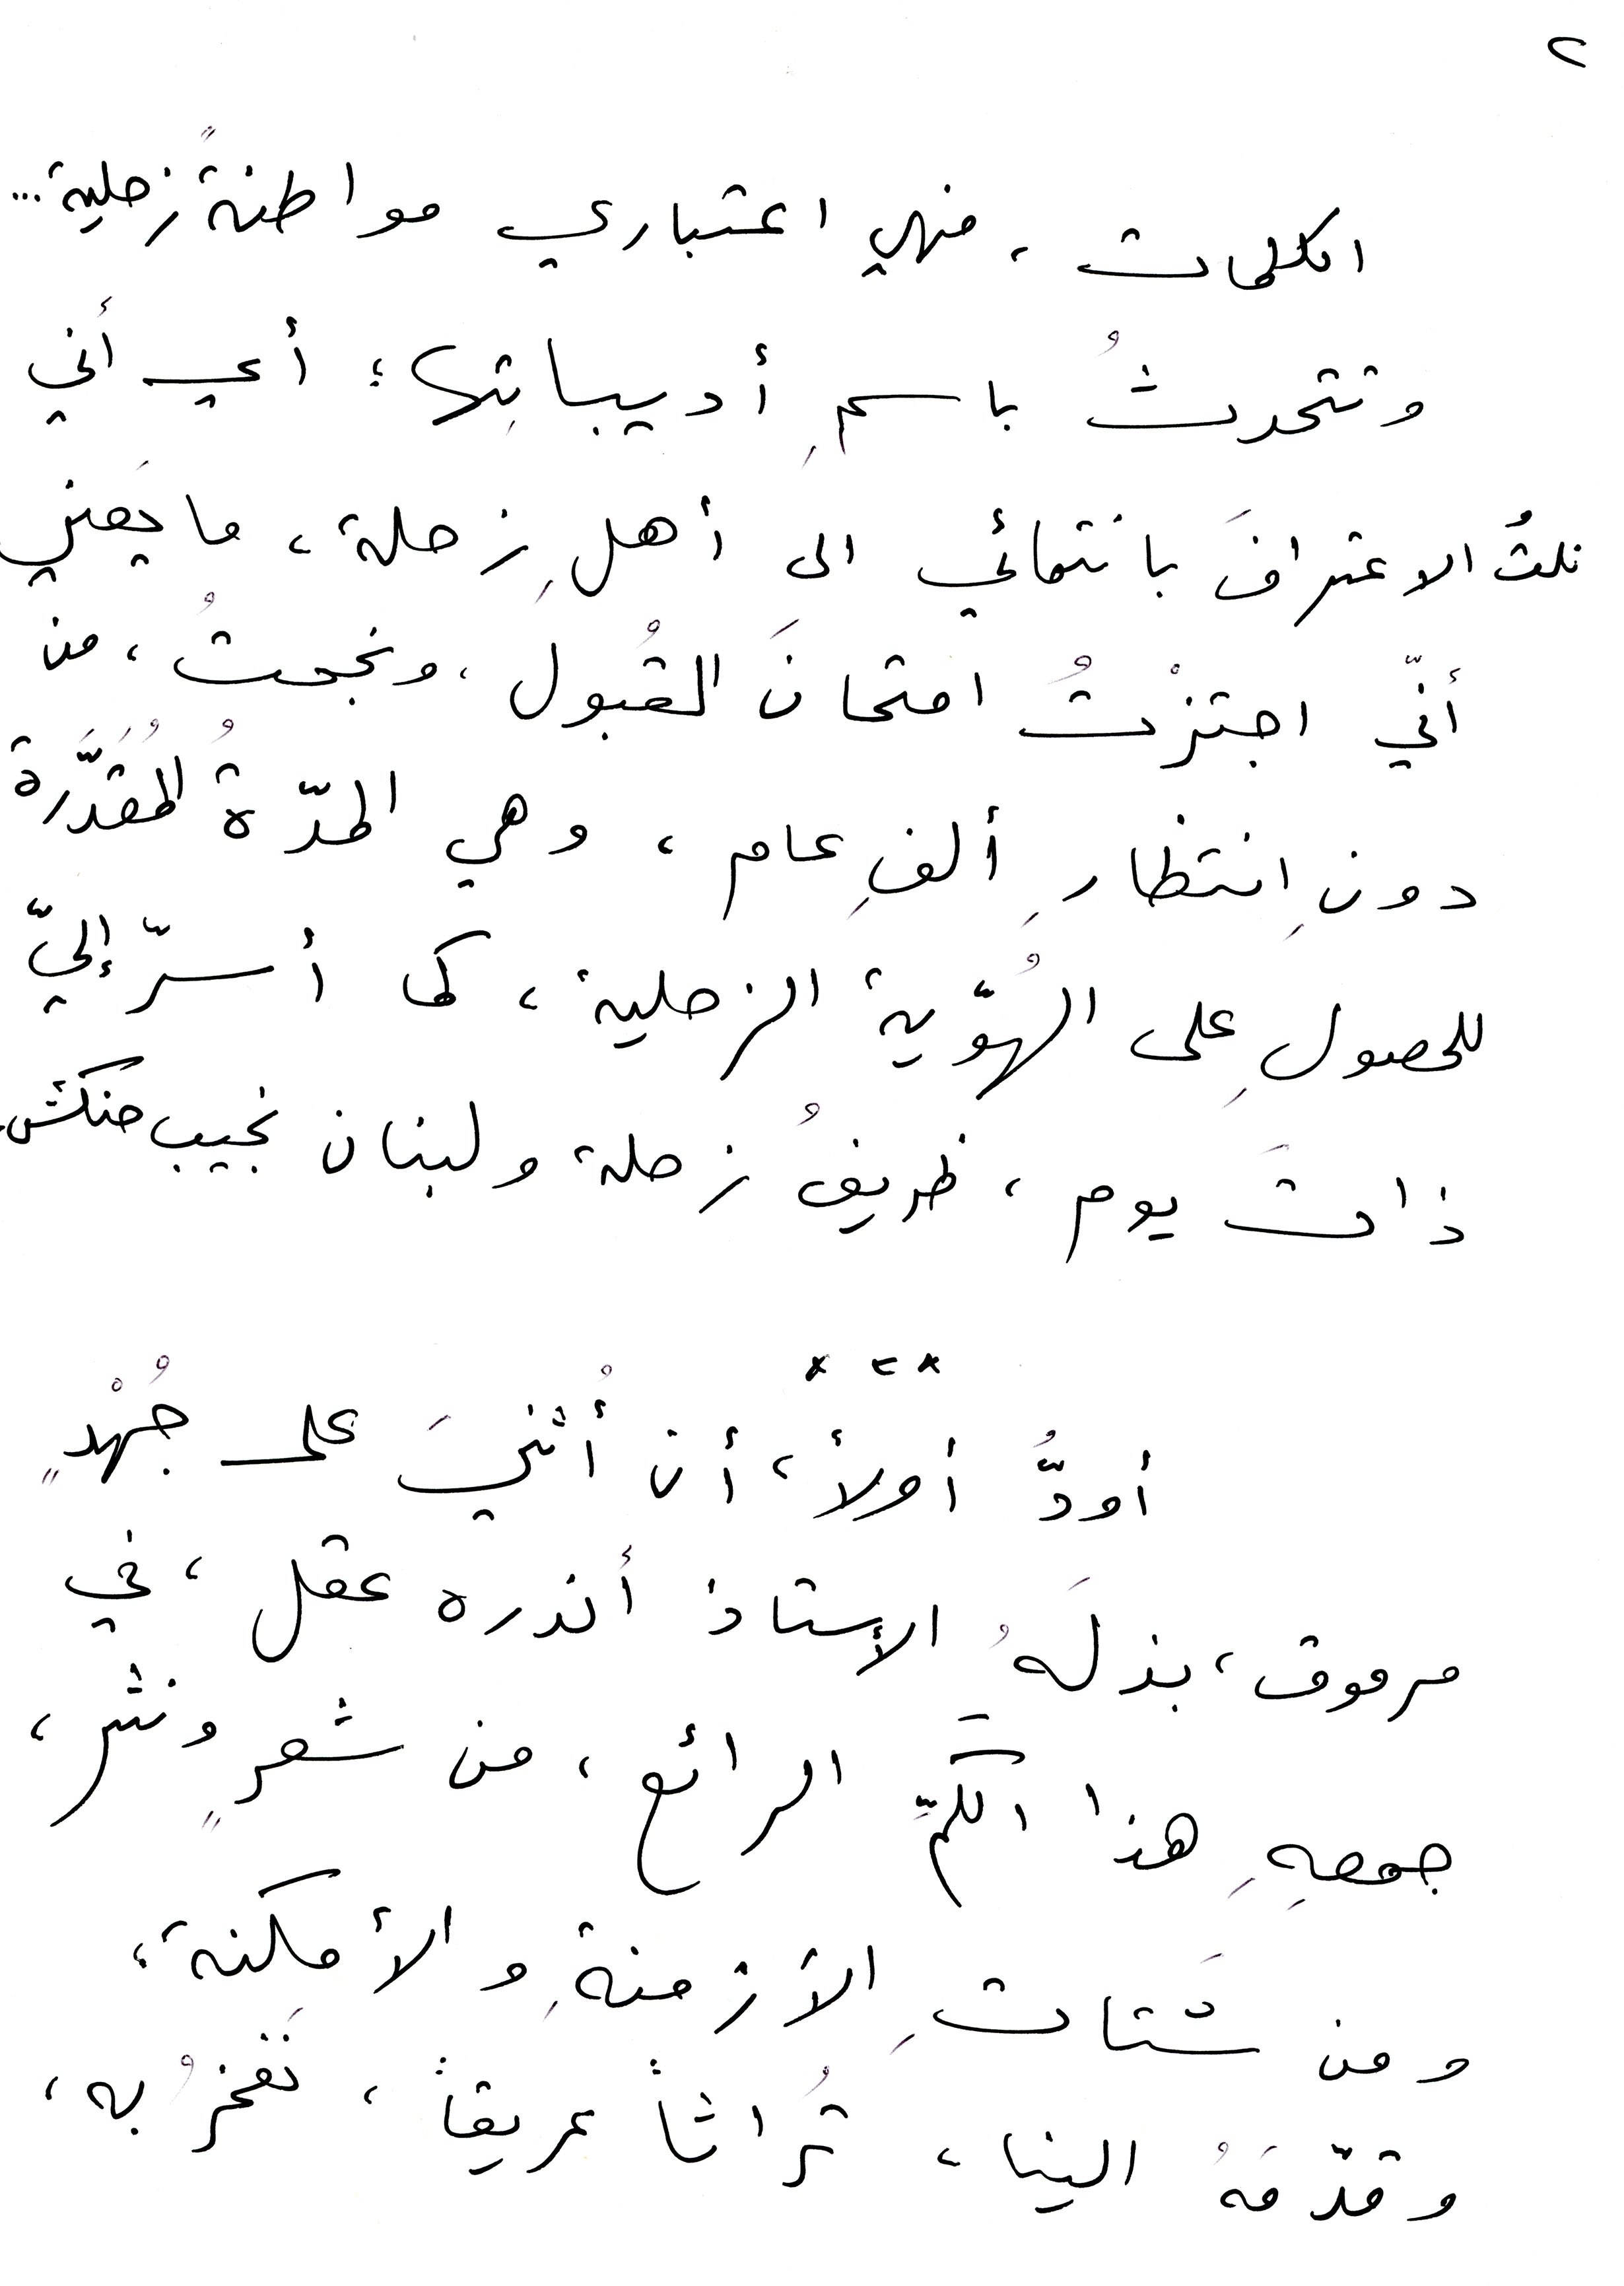
الكلمات، فهي اعتباري مواطنةً زحلية...
وتتحدثُ باسمِ أديباتِها ؛ أي أني
أنّي اجتزْتُ امتحانَ القْبول، ونجحتْ، من
دونِ انتظارِ ألفِ عام، وهي المدّةُ المُقَدَّرة
للحصولِ على الهُوّية الزحلية، كما أسرّ إليّ
ذاتَ يوم، ظريقُ زحلة ولبنان نجيب حنكش.
أودُّ أولاً أن أثنيَ على جُهْدٍ
مرموق، بذلَهُ الاستاذ أندره عقل، في
جمعِهِ هذا الكمِّ الرائع، من شعرٍ ونثر،
ومن شَتاتِ الأزمنةِ والأمكنة،
وقدّمَهُ الينا، تُراثاً عريقاً، نَفخرُ به،
*  *  *
٢
نلتُ الاعترافَ بانتمائي الى أهلِ زحلة، ما يَعني